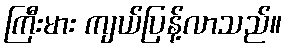
ကြီးမား ကျယ်ပြန့်လာသည်။